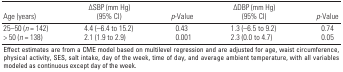
<table><thead><tr><td><b>Age (years)</b></td><td><b>∆SBP (mm Hg) (95% CI)</b></td><td><b><i>p</i>-Value</b></td><td><b>∆DBP (mm Hg) (95% CI)</b></td><td><b><i>p</i>-Value</b></td></tr></thead><tbody><tr><td>25–50 (<i>n</i> = 142)</td><td></td><td>4.4 (–6.4 to 15.2)</td><td></td><td>0.43</td><td></td><td>1.3 (–6.5 to 9.2)</td><td></td><td>0.74</td></tr><tr><td>&gt; 50 (<i>n</i> = 138)</td><td></td><td>2.1 (1.9 to 2.9)</td><td></td><td>0.001</td><td></td><td>2.3 (0.0 to 4.7)</td><td></td><td>0.05</td></tr><tr><td colspan="9">Effect estimates are from a CME model based on multilevelregression and are adjusted for age, waist circumference, physicalactivity, SES, salt intake, day of the week, time of day, and averageambient temperature, with all variables modeled as continuous except dayof the week.</td></tr></tbody></table>